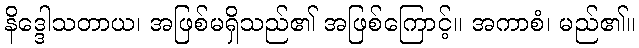
နိဒ္ဒေါသတာယ၊ အဖြစ်မရှိသည်၏ အဖြစ်ကြောင့်။ အကာစံ၊ မည်၏။